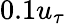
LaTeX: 0.1u_{\tau}